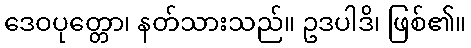
ဒေဝပုတ္တော၊ နတ်သားသည်။ ဥဒပါဒိ၊ ဖြစ်၏။